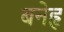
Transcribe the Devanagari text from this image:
बनेहृ